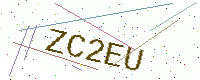
Text: ZC2EU